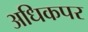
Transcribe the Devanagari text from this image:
अधिकपर